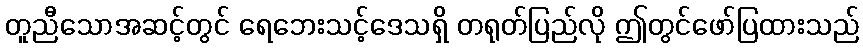
တူညီသောအဆင့်တွင် ရေဘေးသင့်ဒေသရှိ တရုတ်ပြည်လို ဤတွင်ဖော်ပြထားသည်